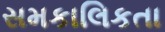
સમકાલિકતા